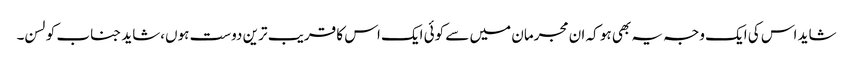
شاید اس کی ایک وجہ یہ بھی ہو کہ ان مجرمان میں سے کوئی ایک اس کا قریب ترین دوست ہوں،شاید جناب کولسن۔